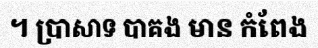
។ ប្រាសាទ បាគង មាន កំពែង